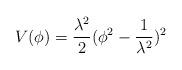
LaTeX: \begin{align*}V(\phi)=\frac{\lambda^2}{2}(\phi^2-\frac{1}{\lambda^2})^2\end{align*}